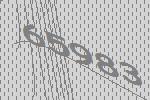
65983